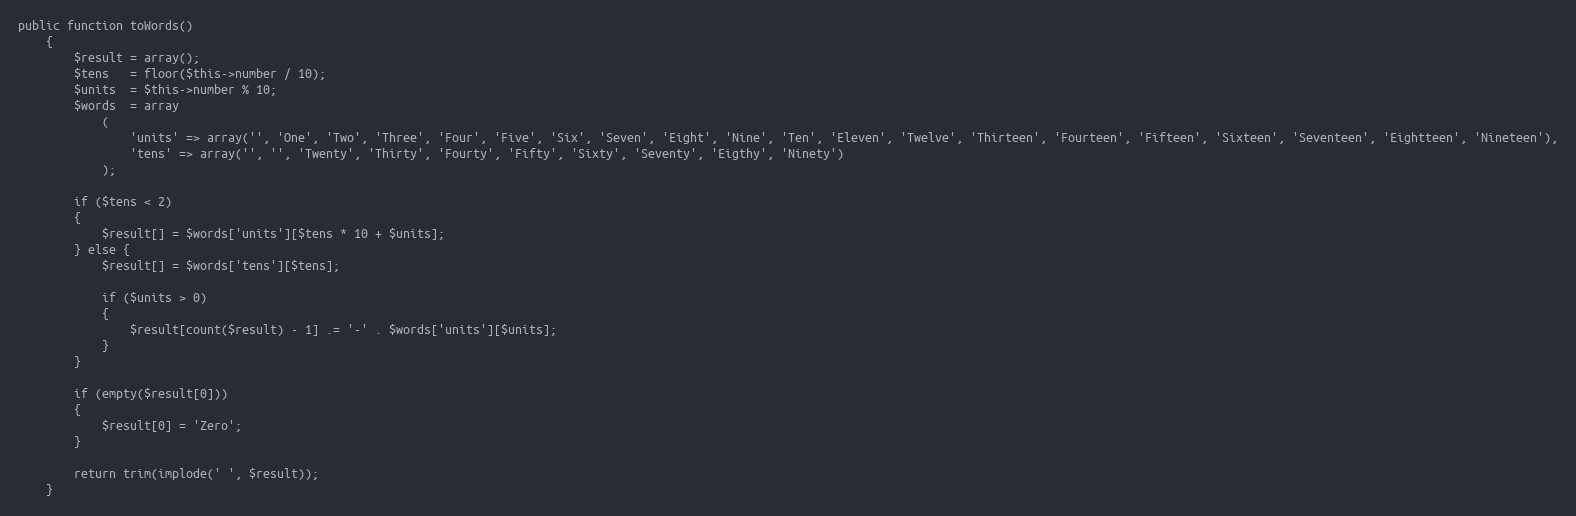
Language: PHP
public function toWords()
	{
		$result = array();
        $tens   = floor($this->number / 10);
        $units  = $this->number % 10;
        $words  = array
	        (
	            'units' => array('', 'One', 'Two', 'Three', 'Four', 'Five', 'Six', 'Seven', 'Eight', 'Nine', 'Ten', 'Eleven', 'Twelve', 'Thirteen', 'Fourteen', 'Fifteen', 'Sixteen', 'Seventeen', 'Eightteen', 'Nineteen'),
	            'tens' => array('', '', 'Twenty', 'Thirty', 'Fourty', 'Fifty', 'Sixty', 'Seventy', 'Eigthy', 'Ninety')
	        );

        if ($tens < 2)
        {
            $result[] = $words['units'][$tens * 10 + $units];
        } else {
            $result[] = $words['tens'][$tens];

            if ($units > 0)
            {
                $result[count($result) - 1] .= '-' . $words['units'][$units];
            }
        }

        if (empty($result[0]))
        {
            $result[0] = 'Zero';
        }

        return trim(implode(' ', $result));
	}